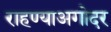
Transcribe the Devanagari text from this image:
राहण्याअगोदर